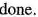
done.